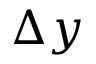
\Delta y